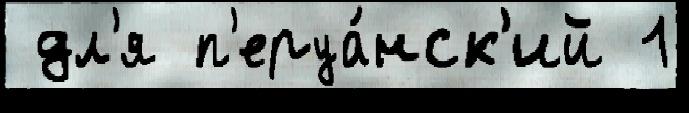
 дл'я п'еруа́нск'ий 1